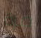
مرة